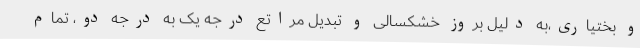
و بختیاری،به دلیل بروز خشکسالی و تبدیل مراتع درجه یک به درجه دو، تمام